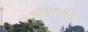
રાજાપલયમ